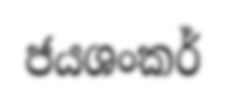
ජයශංකර්